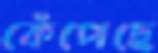
কেঁপেছে